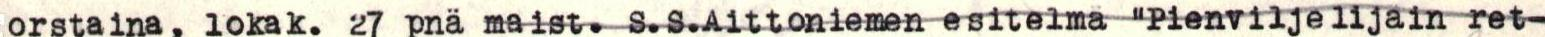
orstaina, lokak. 27 pnä maist. S.S.Aittoniemen esitelmä "Pienviljelijäin ret-